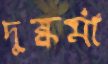
দুষ্কর্মা